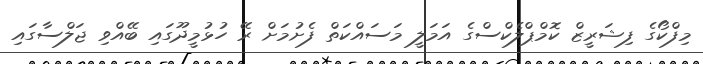
މިފްކޯގެ ފިޝަރީޒް ކޮމްޕްލެކްސްގެ އަމަލީ މަސައްކަތް ފެށުމަށް ރޭ ހުޅުމީދޫގައި ބޭއްވި ޖަލްސާގައި